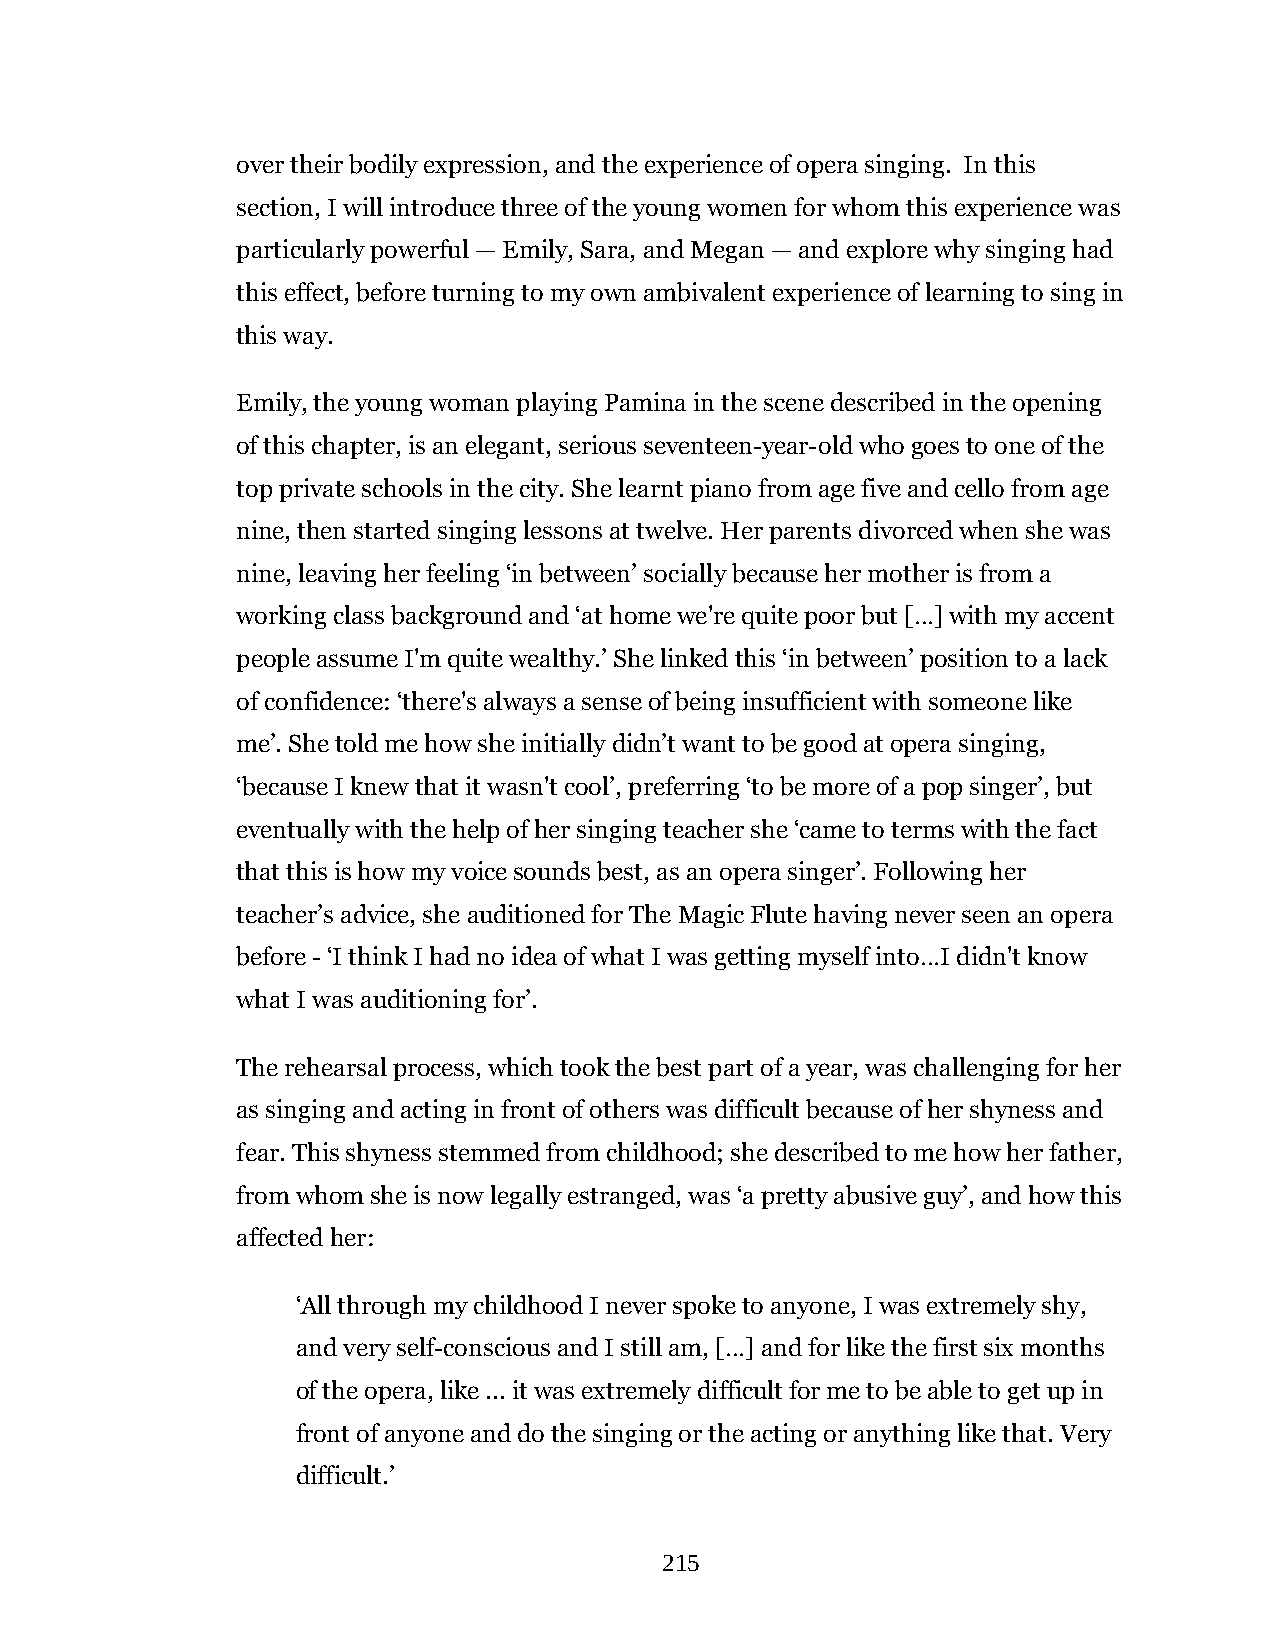
over their bodily expression, and the experience of opera singing. In this
 section, I will introduce three of the young women for whom this experience was
 particularly powerful — Emily, Sara, and Megan — and explore why singing had
 this effect, before turning to my own ambivalent experience of learning to sing in
 this way.
 Emily, the young woman playing Pamina in the scene described in the opening
 of this chapter, is an elegant, serious seventeen-year-old who goes to one of the
 top private schools in the city. She learnt piano from age five and cello from age
 nine, then started singing lessons at twelve. Her parents divorced when she was
 nine, leaving her feeling ‘in between’ socially because her mother is from a
 working class background and ‘at home we're quite poor but […] with my accent
 people assume I'm quite wealthy.’ She linked this ‘in between’ position to a lack
 of confidence: ‘there's always a sense of being insufficient with someone like
 me’. She told me how she initially didn’t want to be good at opera singing,
 ‘because I knew that it wasn't cool’, preferring ‘to be more of a pop singer’, but
 eventually with the help of her singing teacher she ‘came to terms with the fact
 that this is how my voice sounds best, as an opera singer’. Following her
 teacher’s advice, she auditioned for The Magic Flute having never seen an opera
 before - ‘I think I had no idea of what I was getting myself into…I didn't know
 what I was auditioning for’.
 The rehearsal process, which took the best part of a year, was challenging for her
 as singing and acting in front of others was difficult because of her shyness and
 fear. This shyness stemmed from childhood; she described to me how her father,
 from whom she is now legally estranged, was ‘a pretty abusive guy’, and how this
 affected her:
 ‘All through my childhood I never spoke to anyone, I was extremely shy,
 and very self-conscious and I still am, […] and for like the first six months
 of the opera, like ... it was extremely difficult for me to be able to get up in
 front of anyone and do the singing or the acting or anything like that. Very
 difficult.’
 215